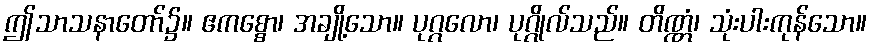
ဤသာသနာတော်၌။ ဧကစ္စော၊ အချို့သော။ ပုဂ္ဂလော၊ ပုဂ္ဂိုလ်သည်။ တိဏ္ဏံ၊ သုံးပါးကုန်သော။